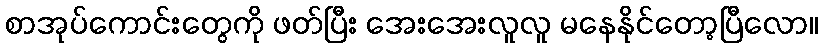
စာအုပ်ကောင်းတွေကို ဖတ်ပြီး အေးအေးလူလူ မနေနိုင်တော့ပြီလော။